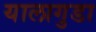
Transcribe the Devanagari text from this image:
यालागुडा